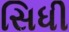
સિધી